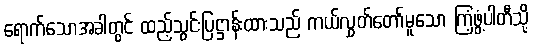
ရောက်သောအခါတွင် ထည့်သွင်းပြဋ္ဌာန်းထားသည် ကယ်လွှတ်တော်မူသော ကြံ့ဖွံ့ပါတီသို့